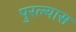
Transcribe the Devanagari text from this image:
पुरल्यास